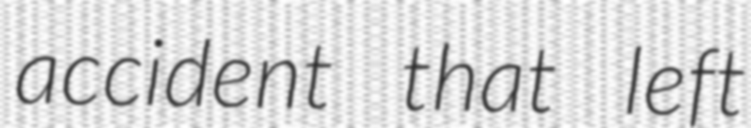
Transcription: accident that left